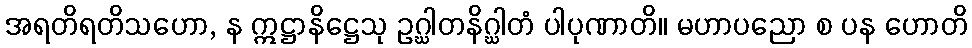
အရတိရတိသဟော, န ဣဋ္ဌာနိဋ္ဌေသု ဥဂ္ဃါတနိဂ္ဃါတံ ပါပုဏာတိ။ မဟာပညော စ ပန ဟောတိ